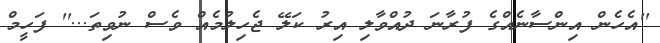
''އެހެން އިންސާނެއްގެ ފުރާނަ ދުއްވާލި އިރު ކަލޭ ޖެހިލުމެއް ވެސް ނުވިތަ...'' ފަހީމް